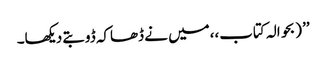
’’ (بحوالہ کتاب،،میں نے ڈھاکہ ڈوبتے دیکھا۔